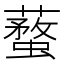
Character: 𧒚